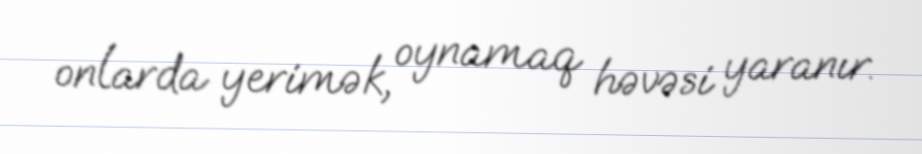
onlarda yerimək, oynamaq həvəsi yaranır.